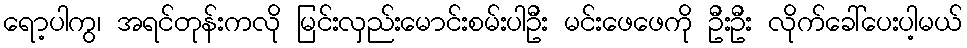
ရော့ပါကွ၊ အရင်တုန်းကလို မြင်းလှည်းမောင်းစမ်းပါဦး မင်းဖေဖေကို ဦးဦး လိုက်ခေါ်ပေးပါ့မယ်